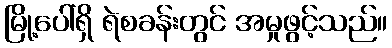
မြို့ပေါ်ရှိ ရဲစခန်းတွင် အမှုဖွင့်သည်။